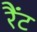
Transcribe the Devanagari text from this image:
रैंट